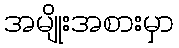
အမျိုးအစားမှာ